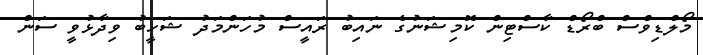
މޯލްޑިވްސް ބްރޯޑް ކާސްޓިން ކޮމިޝަނުގެ ނައިބު ރައީސް މުހަންމަދު ޝަހީބު ވިދާޅުވީ ސަން